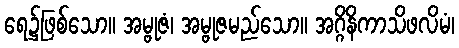
ရေ၌ဖြစ်သော။ အမ္ဗုဇံ၊ အမ္ဗုဇမည်သော။ အဂ္ဂိနိကာသိဖလိမံ၊